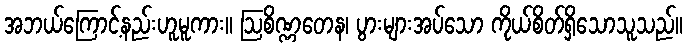
အဘယ်ကြောင့်နည်းဟူမူကား။ ဩစိဏ္ဏတေန၊ ပွားများအပ်သော ကိုယ်စိတ်ရှိသောသူသည်။